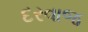
દરવાજ